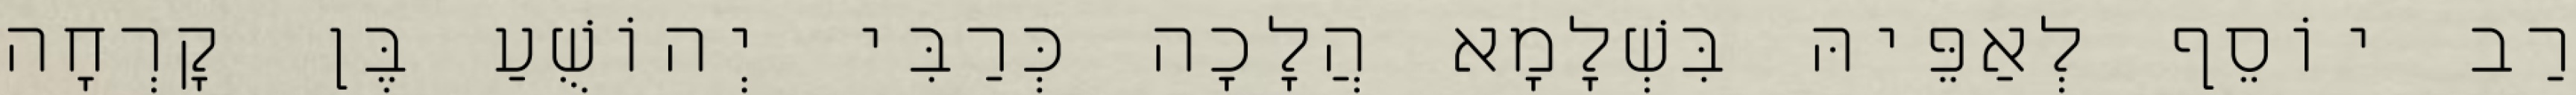
רַב יוֹסֵף לְאַפֵּיהּ בִּשְׁלָמָא הֲלָכָה כְּרַבִּי יְהוֹשֻׁעַ בֶּן קׇרְחָה